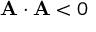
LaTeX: \mathbf { A \cdot A } < 0